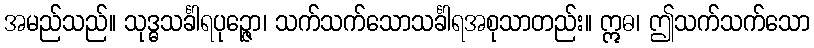
အမည်သည်။ သုဒ္ဓသင်္ခါရပုဉ္ဇော၊ သက်သက်သောသင်္ခါရအစုသာတည်း။ ဣဓ၊ ဤသက်သက်သော